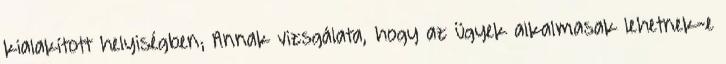
kialakított helyiségben; Annak vizsgálata, hogy az ügyek alkalmasak lehetnek-e